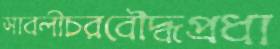
সাবলীচরবৌদ্ধপ্রধা